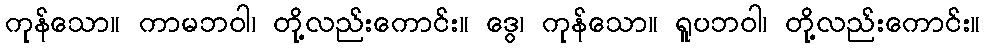
ကုန်သော။ ကာမဘဝါ၊ တို့လည်းကောင်း။ ဒွေ၊ ကုန်သော။ ရူပဘဝါ၊ တို့လည်းကောင်း။